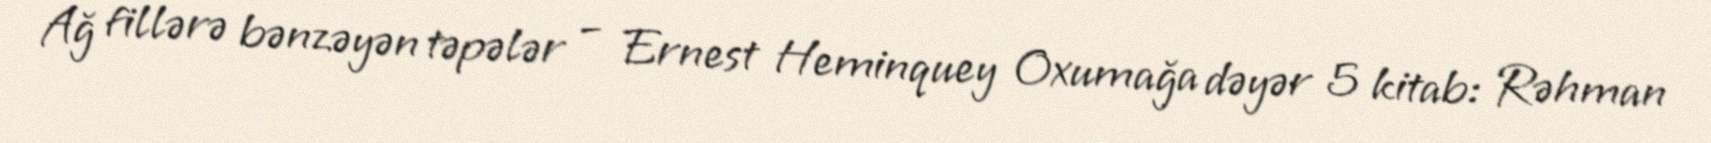
Ağ fillərə bənzəyən təpələr – Ernest Heminquey Oxumağa dəyər 5 kitab: Rəhman